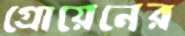
গ্রোয়েনের